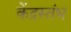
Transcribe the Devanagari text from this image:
केंद्रस्तंभ